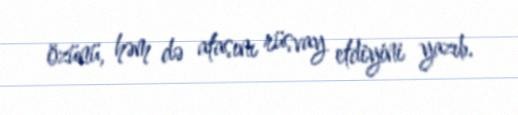
özünü, həm də atasını rüsvay etdiyini yazıb.